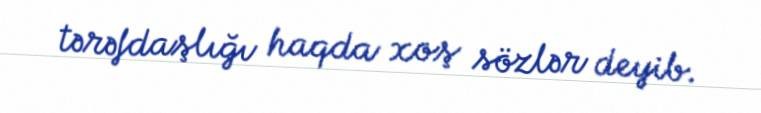
tərəfdaşlığı haqda xoş sözlər deyib.